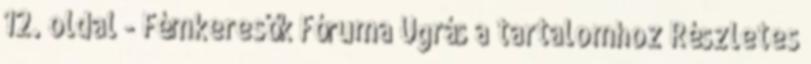
12. oldal - Fémkeresők Fóruma Ugrás a tartalomhoz Részletes